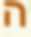
ה